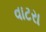
વાટરા